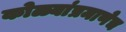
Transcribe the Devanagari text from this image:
कोळ्यांप्रमाणेच